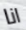
انا